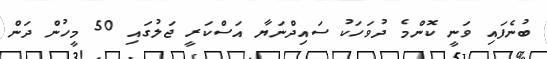
ބުނެފައި ވަނީ ކޮންމެ ދުވަހަކު ސައިދްނަޔާ އަސްކަރީ ޖަލުގައި 50 މީހުން ދަން